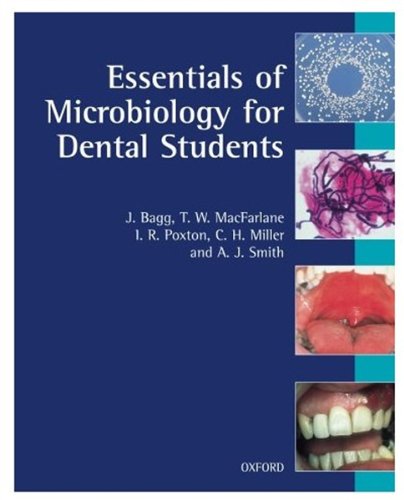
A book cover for Essentials of Microbiology for Dental Students; Andrew J. Smith; Medical Books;